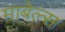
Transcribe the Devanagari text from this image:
माबेल्स